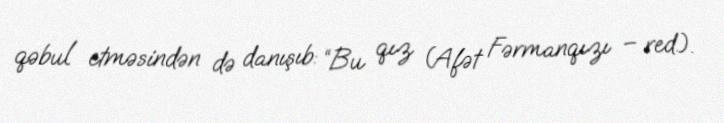
qəbul etməsindən də danışıb: “Bu qız (Afət Fərmanqızı – red.).